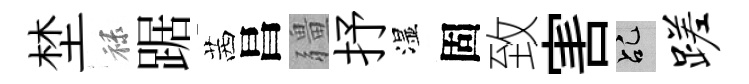
埜禄踞茜昌疆抒湿固致害乩蹉